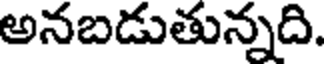
అనబడుతున్నది.